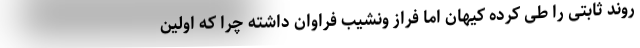
روند ثابتی را طی کرده کیهان اما فراز ونشیب فراوان داشته چرا که اولین